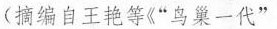
（摘编自王艳等《“鸟巢一代”